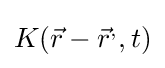
K({\vec {r}}-{\vec {r}}^{,},t)